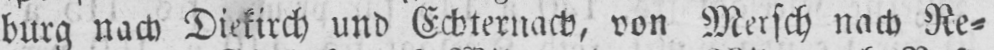
burg nach Diekirch und Echternach, von Mersch nach Re⸗